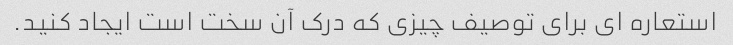
استعاره ای برای توصیف چیزی که درک آن سخت است ایجاد کنید.